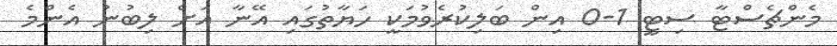
މެންޗެސްޓާ ސިޓީ 1-0 އިން ބަލިކުރެވުމަކީ ހަޔާތުގައި އޭނާ އަށް ލިބުނު އެންމެ